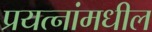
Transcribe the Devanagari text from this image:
प्रयत्‍नांमधील